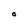
Character: O